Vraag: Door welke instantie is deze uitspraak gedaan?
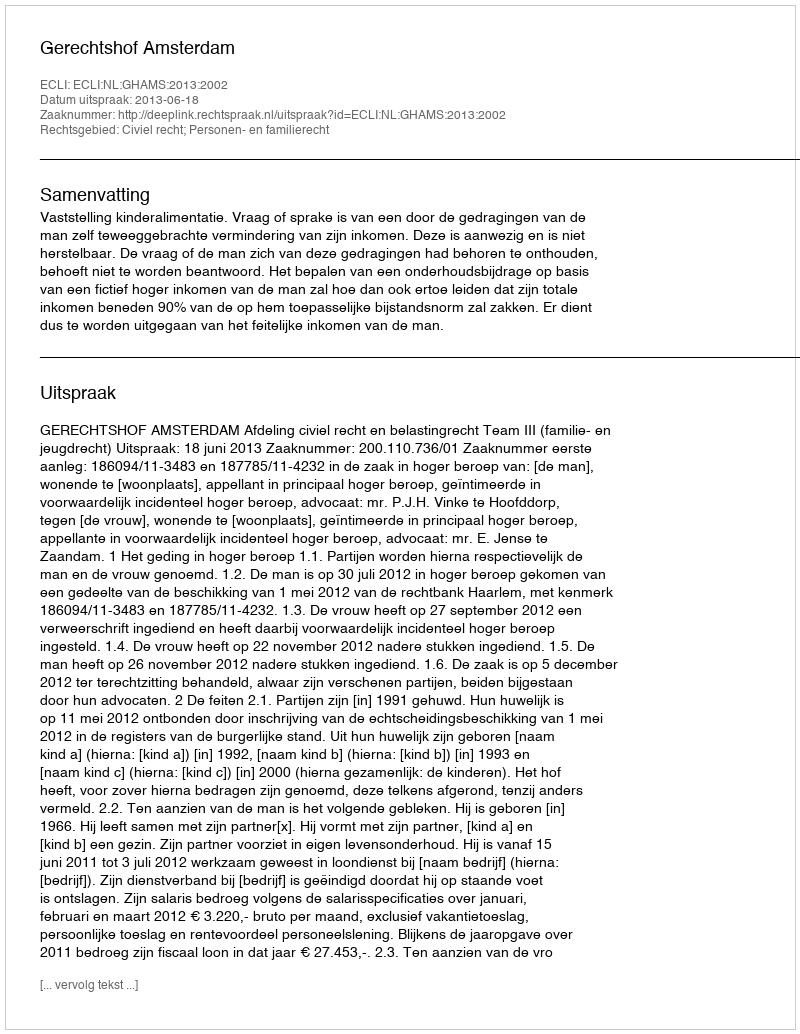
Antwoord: Gerechtshof Amsterdam